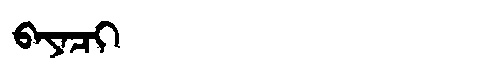
Manchu: ᠪᠠᠶᠠᠴᡳ
Romanization: BAYACI